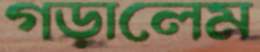
গড়ালেম